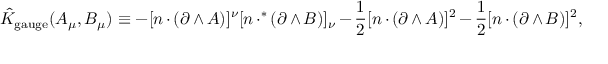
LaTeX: \hat { K } _ { \mathrm { g a u g e } } ( A _ { \mu } , B _ { \mu } ) \equiv - [ n \cdot ( \partial \wedge A ) ] ^ { \nu } [ n \cdot ^ { * } ( \partial \wedge B ) ] _ { \nu } - { \frac { 1 } { 2 } } [ n \cdot ( \partial \wedge A ) ] ^ { 2 } - { \frac { 1 } { 2 } } [ n \cdot ( \partial \wedge B ) ] ^ { 2 } ,